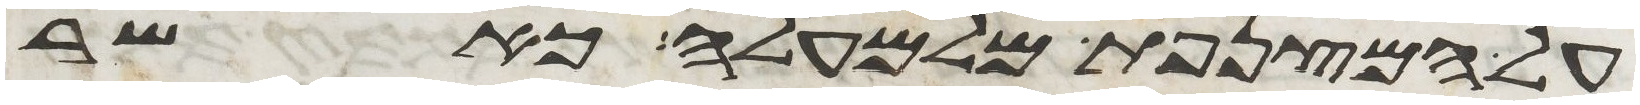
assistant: על המצנפת מלמעלה כאשר